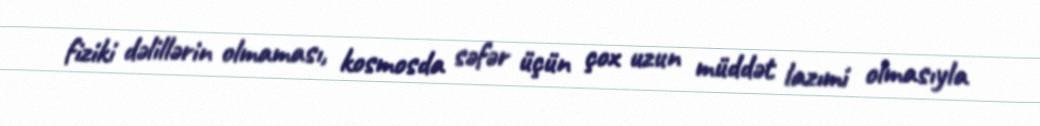
fiziki dəlillərin olmaması, kosmosda səfər üçün çox uzun müddət lazımi olmasıyla